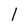
Character: 1